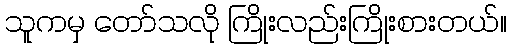
သူကမှ တော်သလို ကြိုးလည်းကြိုးစားတယ်။